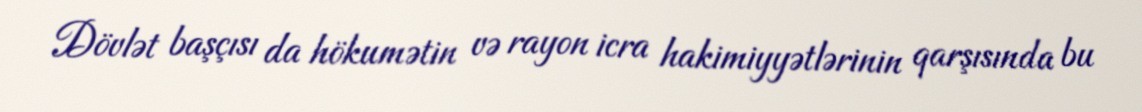
Dövlət başçısı da hökumətin və rayon icra hakimiyyətlərinin qarşısında bu